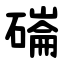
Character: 磮